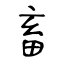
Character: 畜